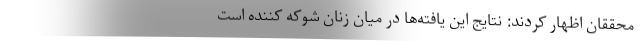
محققان اظهار کردند: نتایج این یافته‌ها در میان زنان شوکه کننده است